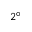
2 ^ { \circ }